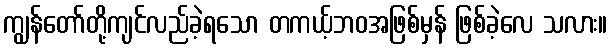
ကျွန်တော်တို့ကျင်လည်ခဲ့ရသော တကယ့်ဘဝအဖြစ်မှန် ဖြစ်ခဲ့လေ သလား။